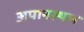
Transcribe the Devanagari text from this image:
अपानस्थल